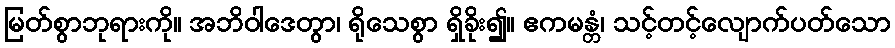
မြတ်စွာဘုရားကို။ အဘိဝါဒေတွာ၊ ရိုသေစွာ ရှိခိုး၍။ ဧကမန္တံ၊ သင့်တင့်လျောက်ပတ်သော